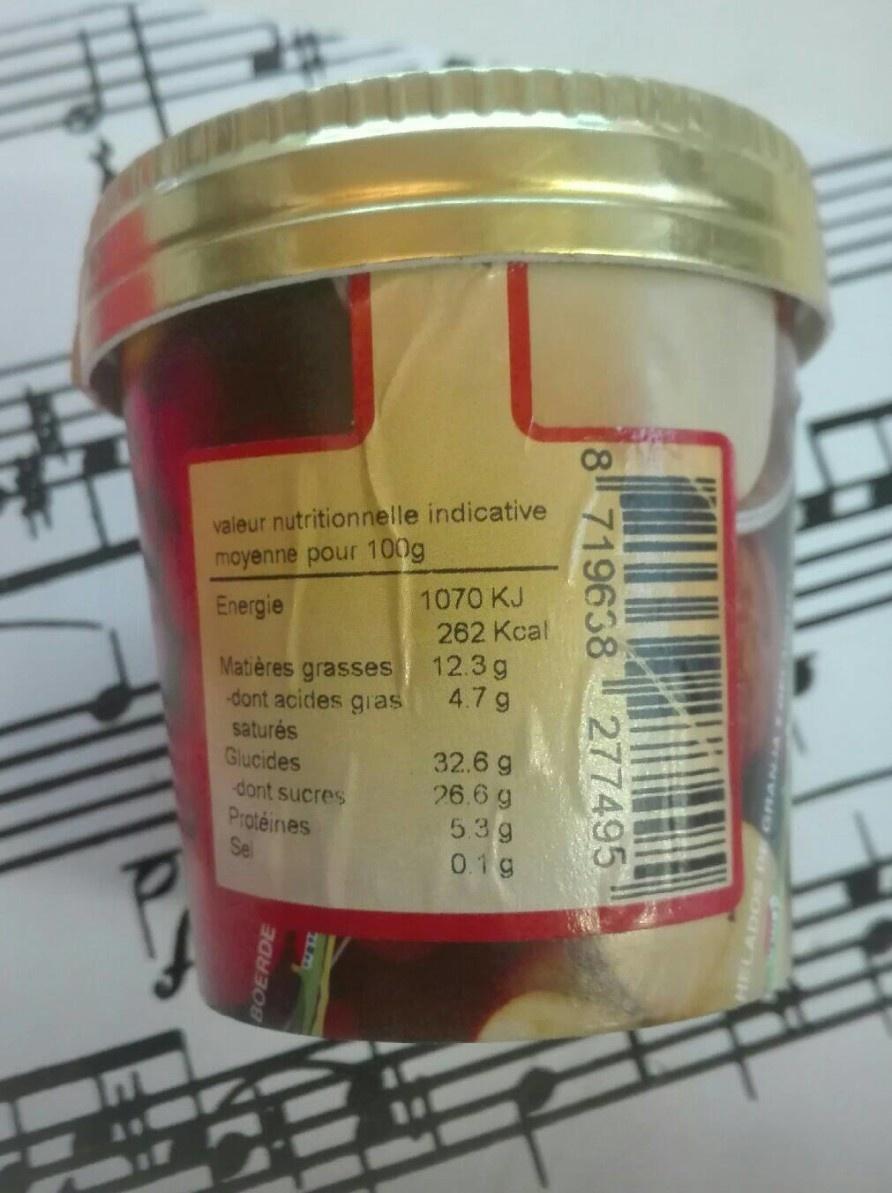
valeur nutritionnelle indicative moyenne pour 100g
1070 KJ 262 Kcal 12.3 g 4.7 g
Energie
Matières grasses dont acides gras saturés Glucides
32.6 g 26.6 g 5.3g
dont sucres
Protéines Sel
0.1g
8 719638
277495
BOERDE